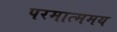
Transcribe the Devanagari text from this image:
परमात्ममय